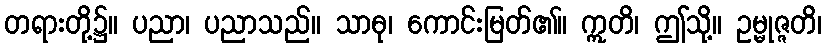
တရားတို့၌။ ပညာ၊ ပညာသည်။ သာဓု၊ ကောင်းမြတ်၏။ ဣတိ၊ ဤသို့။ ဥမ္မုဇ္ဇတိ၊